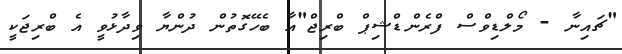
"ޗައިނާ - މޯލްޑިވްސް ފްރެންޑްޝިޕް ބްރިޖް"އާ ބެހޭގޮތުން ދުންޔާ ވިދާޅުވީ އެ ބްރިޖަކީ